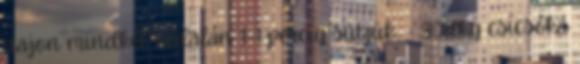
vajon mindkét oldalán 1-1 percig sütjük. - 30dkg csicsóka